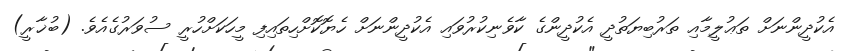
އެކުދީންނަށް ތަޢުލީމާއި ތަރުބިޔަތުދީ އެކުދީންގެ ކާވެނިކުރުވައި އެކުދީންނަށް ހެޔޮކޮށްހިތައިފި މީހަކަށްހުރީ ސުވަރުގެއެވެ. (ބުޚާރީ)